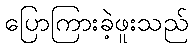
ပြောကြားခဲ့ဖူးသည်